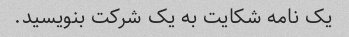
یک نامه شکایت به یک شرکت بنویسید.